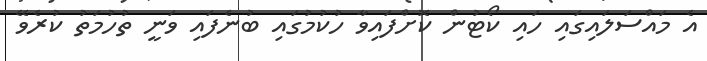
އެ މައްސަލައިގައި ހައި ކޯޓުން ކޮށްފައިވާ ހުކުމުގައި ބުނެފައި ވަނީ ތުހުމަތު ކުރެވޭ